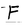
Character: F